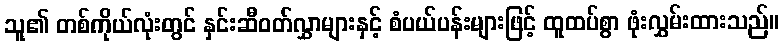
သူ၏ တစ်ကိုယ်လုံးတွင် နှင်းဆီဝတ်လွှာများနှင့် စံပယ်ပန်းများဖြင့် ထူထပ်စွာ ဖုံးလွှမ်းထားသည်။